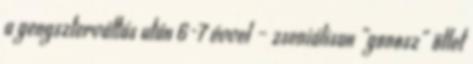
a gengszterváltás után 6-7 évvel – zseniálisan „go­nosz” ötlet